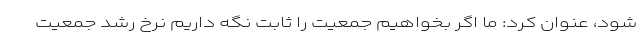
شود، عنوان کرد: ما اگر بخواهیم جمعیت را ثابت نگه داریم نرخ رشد جمعیت